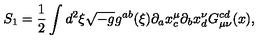
S _ { 1 } = \frac { 1 } { 2 } \int d ^ { 2 } \xi \sqrt { - g } g ^ { a b } ( \xi ) \partial _ { a } x _ { c } ^ { \mu } \partial _ { b } x _ { d } ^ { \nu } G _ { \mu \nu } ^ { c d } ( x ) ,